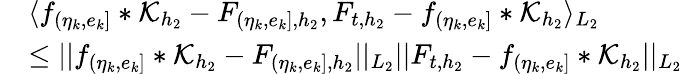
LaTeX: \begin{array}{rl}&{\langle f_{(\eta_{k},e_{k}]}\ast\mathcal{K}_{{h_{2}}}-F_{(\eta_{k},e_{k}],{h_{2}}},F_{t,{h_{2}}}-f_{(\eta_{k},e_{k}]}\ast\mathcal{K}_{{h_{2}}}\rangle_{L_{2}}}\\ &{\le\vert\vert f_{(\eta_{k},e_{k}]}\ast\mathcal{K}_{{h_{2}}}-F_{(\eta_{k},e_{k}],{h_{2}}}\vert\vert_{L_{2}}\vert\vert F_{t,{h_{2}}}-f_{(\eta_{k},e_{k}]}\ast\mathcal{K}_{{h_{2}}}\vert\vert_{L_{2}}}\end{array}